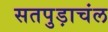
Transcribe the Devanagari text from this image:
सतपुड़ाचंल